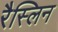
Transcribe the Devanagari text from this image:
रैस्लिन